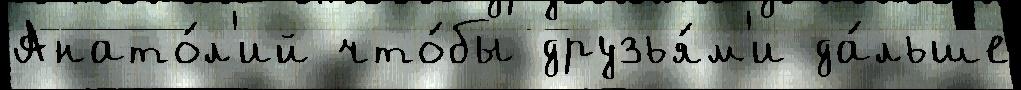
Анато́л'ий что́бы друзья́м'и да́льше